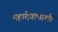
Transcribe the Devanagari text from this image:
महादेवापाशी